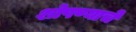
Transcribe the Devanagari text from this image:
शोषण्याचे